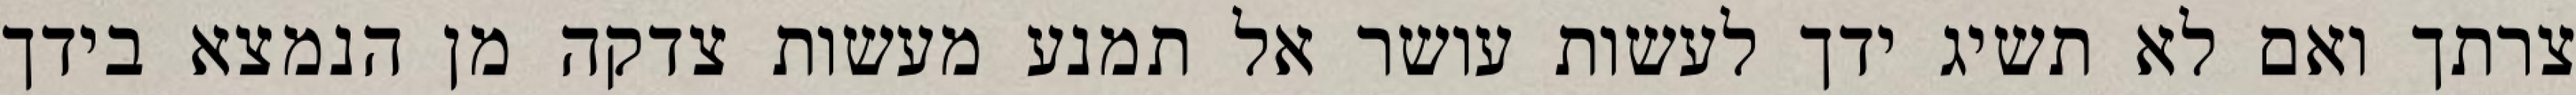
צרתך ואם לא תשיג ידך לעשות עושר אל תמנע מעשות צדקה מן הנמצא בידך